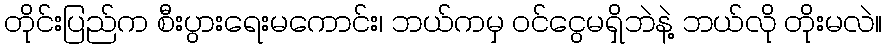
တိုင်းပြည်က စီးပွားရေးမကောင်း၊ ဘယ်ကမှ ဝင်ငွေမရှိဘဲနဲ့ ဘယ်လို တိုးမလဲ။